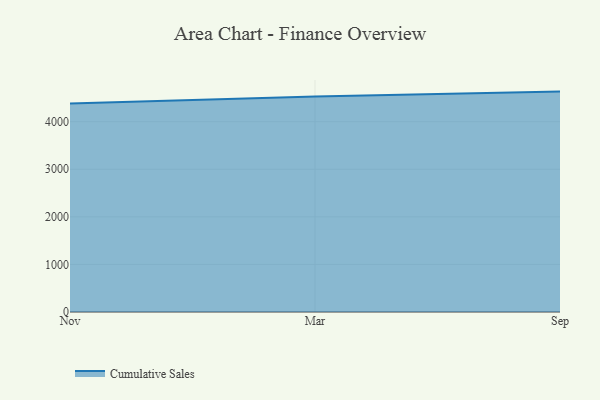
{"axis": {"x": "Month", "y": "Revenue (USD Million)"}, "legend": ["Cumulative Sales"], "data": [{"x": "Nov", "y": 4384.5, "type": "Cumulative Sales"}, {"x": "Mar", "y": 4530.2, "type": "Cumulative Sales"}, {"x": "Sep", "y": 4632.8, "type": "Cumulative Sales"}]}